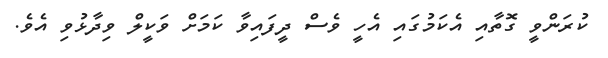
ކުރަންވީ ގޮތާއި އެކަމުގައި އެހީ ވެސް ދީފައިވާ ކަމަށް ވަކީލް ވިދާޅުވި އެވެ.